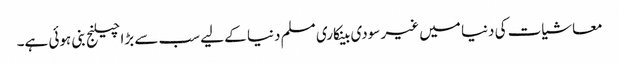
معاشیات کی دنیا میں غیر سودی بینکاری مسلم دنیا کے لیے سب سے بڑا چیلنج بنی ہوئی ہے۔